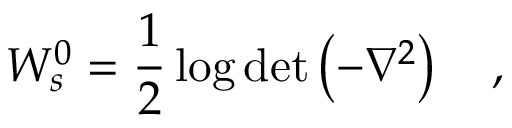
W _ { s } ^ { 0 } = \frac 1 2 \log \operatorname * { d e t } \left( - \nabla ^ { 2 } \right) ~ ~ ~ ,